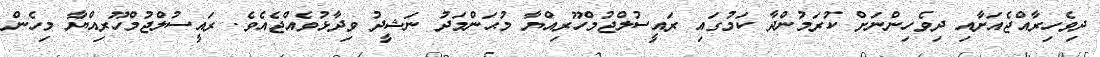
ދިވެހިރާއްޖެއަށާއި ދިވެހިންނަށް ކުރަމުންދާ ކަމުގައި ރައީސުލްޖުމްހޫރިއްޔާ މުޙަންމަދު ނަޝީދު ވިދާޅުވެއްޖެއެވެ. ރައީސުލްޖުމްހޫރިއްޔާ މިހެން